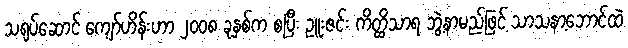
သရုပ်ဆောင် ကျော်ဟိန်းဟာ ၂၀၀၈ ခုနှစ်က စပြီး ဥူးဇင်း ကိတ္ထိသာရ ဘွဲ့နာမည်ဖြင့် သာသနာ့ဘောင်ထဲ